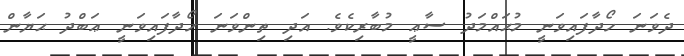
ދެވަނަ ހޯދާފައިވަނީ މުޙައްމަދު ސާޢީ މުބާރިކެވެ. އަދި ތިންވަނަ ހޯދާފައިވަނީ ޢަބްދު ޙަޔާން